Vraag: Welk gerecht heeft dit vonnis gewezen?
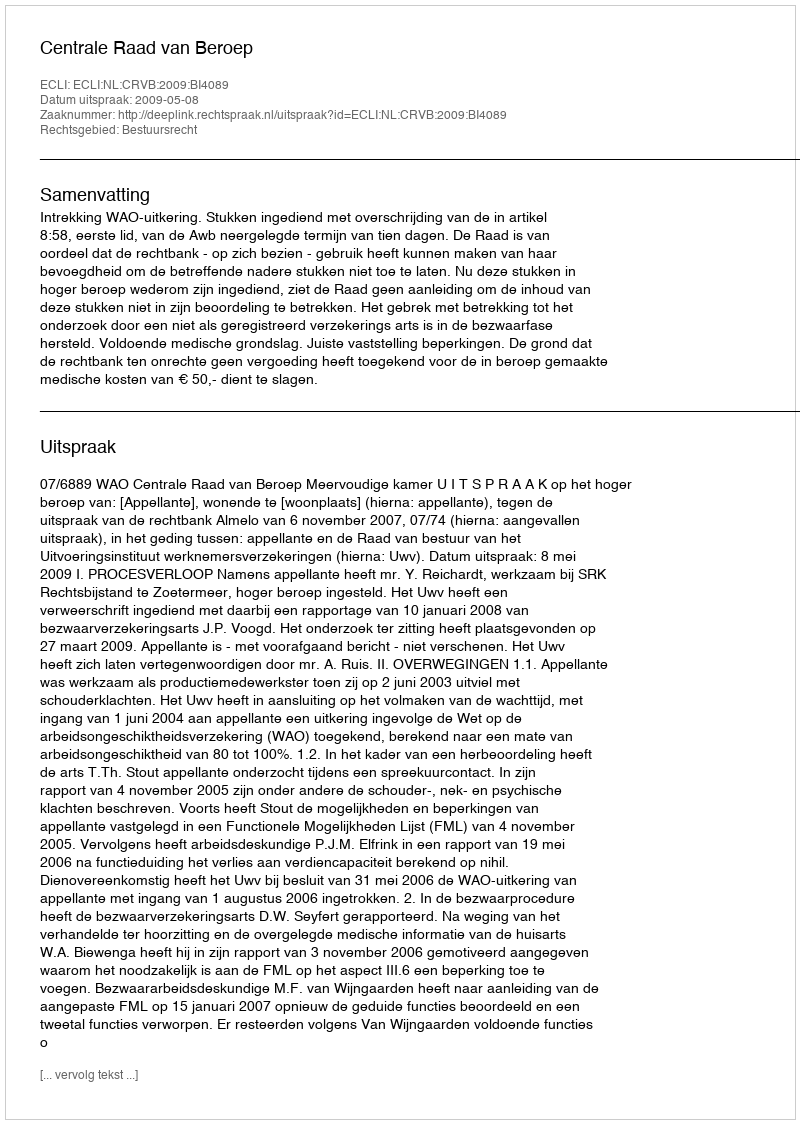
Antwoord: Centrale Raad van Beroep